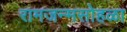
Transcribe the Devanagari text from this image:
रामजन्मसोहळा